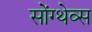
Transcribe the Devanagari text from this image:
सोंग्थेव्स